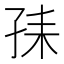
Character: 𡥤